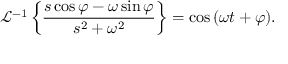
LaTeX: { \mathcal { L } } ^ { - 1 } \left\{ { \frac { s \cos \varphi - \omega \sin \varphi } { s ^ { 2 } + \omega ^ { 2 } } } \right\} = \cos { ( \omega t + \varphi ) } .